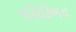
મલિકિઅત